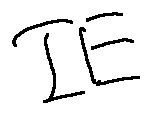
I E